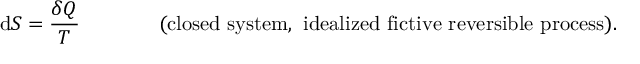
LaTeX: \mathrm { d } S = { \frac { \delta Q } { T } } \, \, \, \, \, \, \, \, \, \, \, \, \, \, \, \, \, \, \, \, \, \, \, { \mathrm { ( c l o s e d ~ s y s t e m , ~ i d e a l i z e d ~ f i c t i v e ~ r e v e r s i b l e ~ p r o c e s s ) } } .